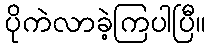
ပိုကဲလာခဲ့ကြပါပြီ။